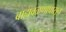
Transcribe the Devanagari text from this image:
बाह्यवळणापासून